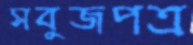
সবুজপত্র